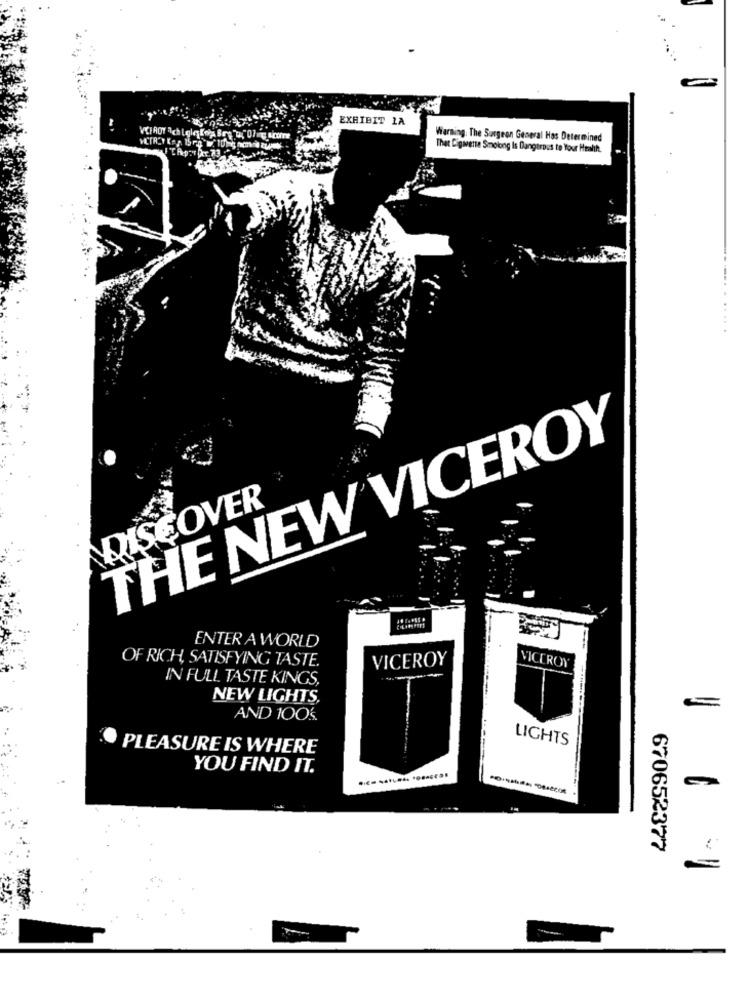
EXHIBIT LA
VCIAOY ach Loletog Bre"of" 0lig scure
Warning: The Surgeon General Has Determined
That Cigarette Smolong Is Dangerous to Your Health.
......
THE NEW VICEROY
DISCOVER
ENTER A WORLD
OF RICH, SATISFYING TASTE.
VICEROY
VICEROY
IN FULL TASTE KINGS,
NEW LIGHTS,
AND 100ś.
LIGHTS
PLEASURE IS WHERE
YOU FIND IT.
670652377